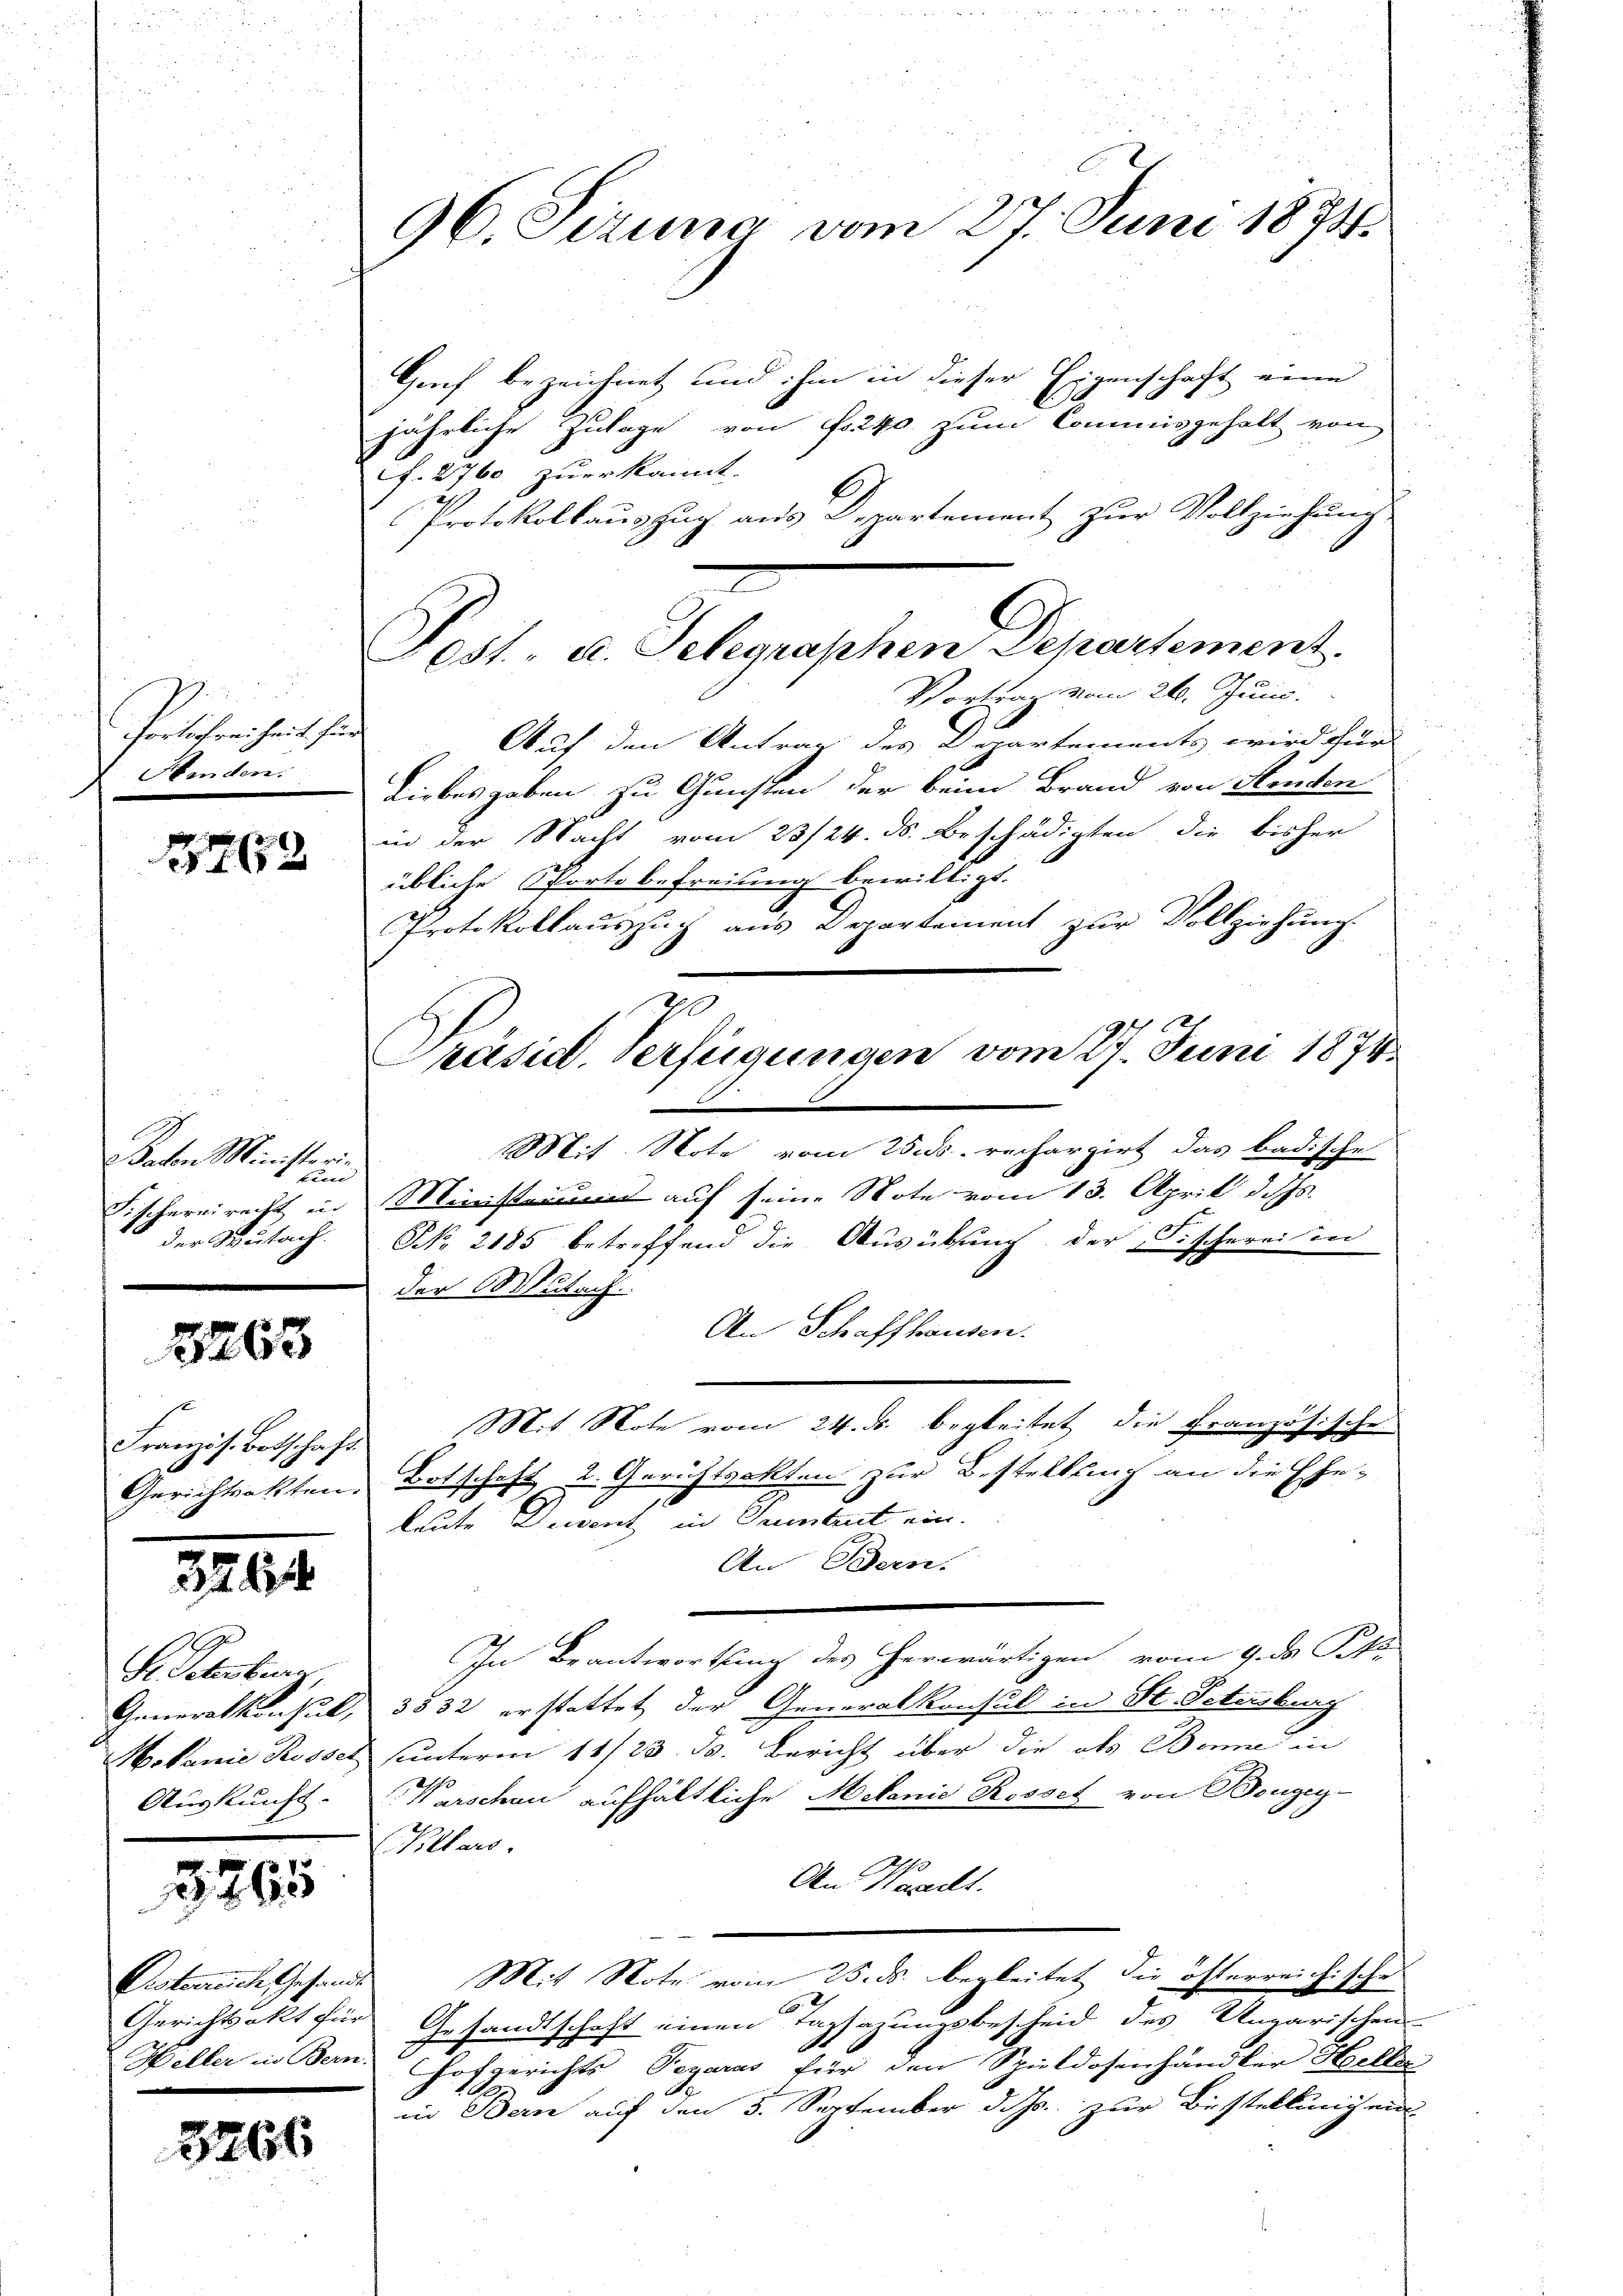
Perlichreiheit für
Hinden.

8763

Grf bezeichnet und ihm in dieser Eigenschaft eine
jährliche Zulage von Fr. 240 zum Commisgehalt von
J. 2760 zuerkannt.
Protokollauszug aus Departement zur Vollziehung,
Vortrag vom 26. Juni.
n
Auf den Antrag des Departements wird für
Liebes gaben zu Gunsten der beim Brand von Senten
in der Nacht vom 23/24. ds. Beschädigten die bisher
übliche Sporte befreiung bewilligt.
Protokollauszug aus Departement zur Vollziehung.
Mit Note vom 25. ds. rechargirt das badische
Fischereirecht in Ministern auf seine Note vom 13. April d. Js.
der Mutach. N. 2185 betreffend die Ausübung der Fischerei in
der Mutach
An Schaffhausen.
Französ. Botschaft Mit Note vom 24. ds. begleitet die Französische
Gerichtsakten Botschaft u. Gerichtsakten zur Bestellung an die Ehe¬
Leute Duvent in Grentrut ein.
An Bern.
In Beantwortung des herwärtigen vom 9. ds Pkt.
Generalkonsul, 3532 erstattet der Generalkonsul in St. Schenburg
Motanie Rossel unterm 11/23. ds. Bericht über die als Bonne in
Auskunft. Warschen aufhältliche Melanie Rossel von Bougeg-
Killars.
An Waadt.
Mit Note vom 25. ds. begleitet die österreichischen
Gerichtsakt für Gesandtschaft einen Tagsazungsbescheid des Ungarischens-
Weller in Bern. Hofgerichts Pegaras für den Spieldosenhändler Heller
in Bern auf den 5. September d. Js. zur Bestellung ein

Sachen Ministeri-
band

8263

3494

3265

Listerreiche Gesandte
d

3266

96. Sizung vom 27. Juni 1874.

s

Fr. Schenberg,

e
Post- u. Telegraphen Departement.

Präsid. Verfügungen vom 27. Juni 1874
d